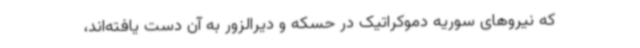
که نیروهای سوریه دموکراتیک در حسکه و دیرالزور به آن دست یافته‌اند،